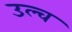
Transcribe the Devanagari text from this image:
उल्च